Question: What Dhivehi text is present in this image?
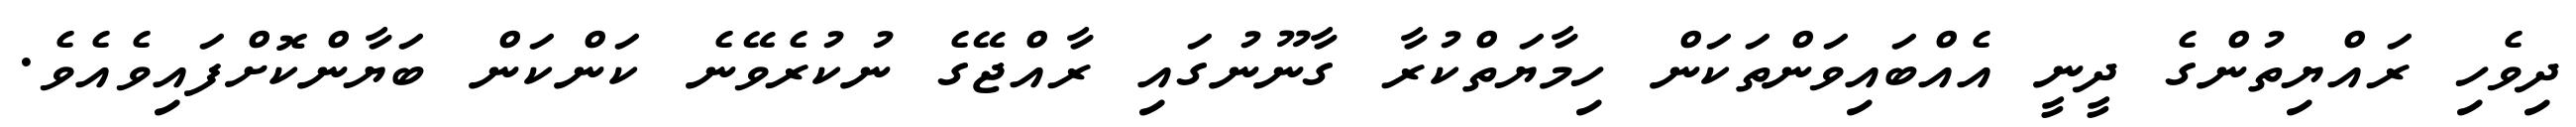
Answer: ދިވެހި ރައްޔިތުންގެ ދީނީ އެއްބައިވަންތަކަން ހިމާޔަތްކުރާ ގާނޫނުގައި ރާއްޖޭގެ ނުކުރެވޭނެ ކަންކަން ބަޔާންކޮށްފައިވެއެވެ.